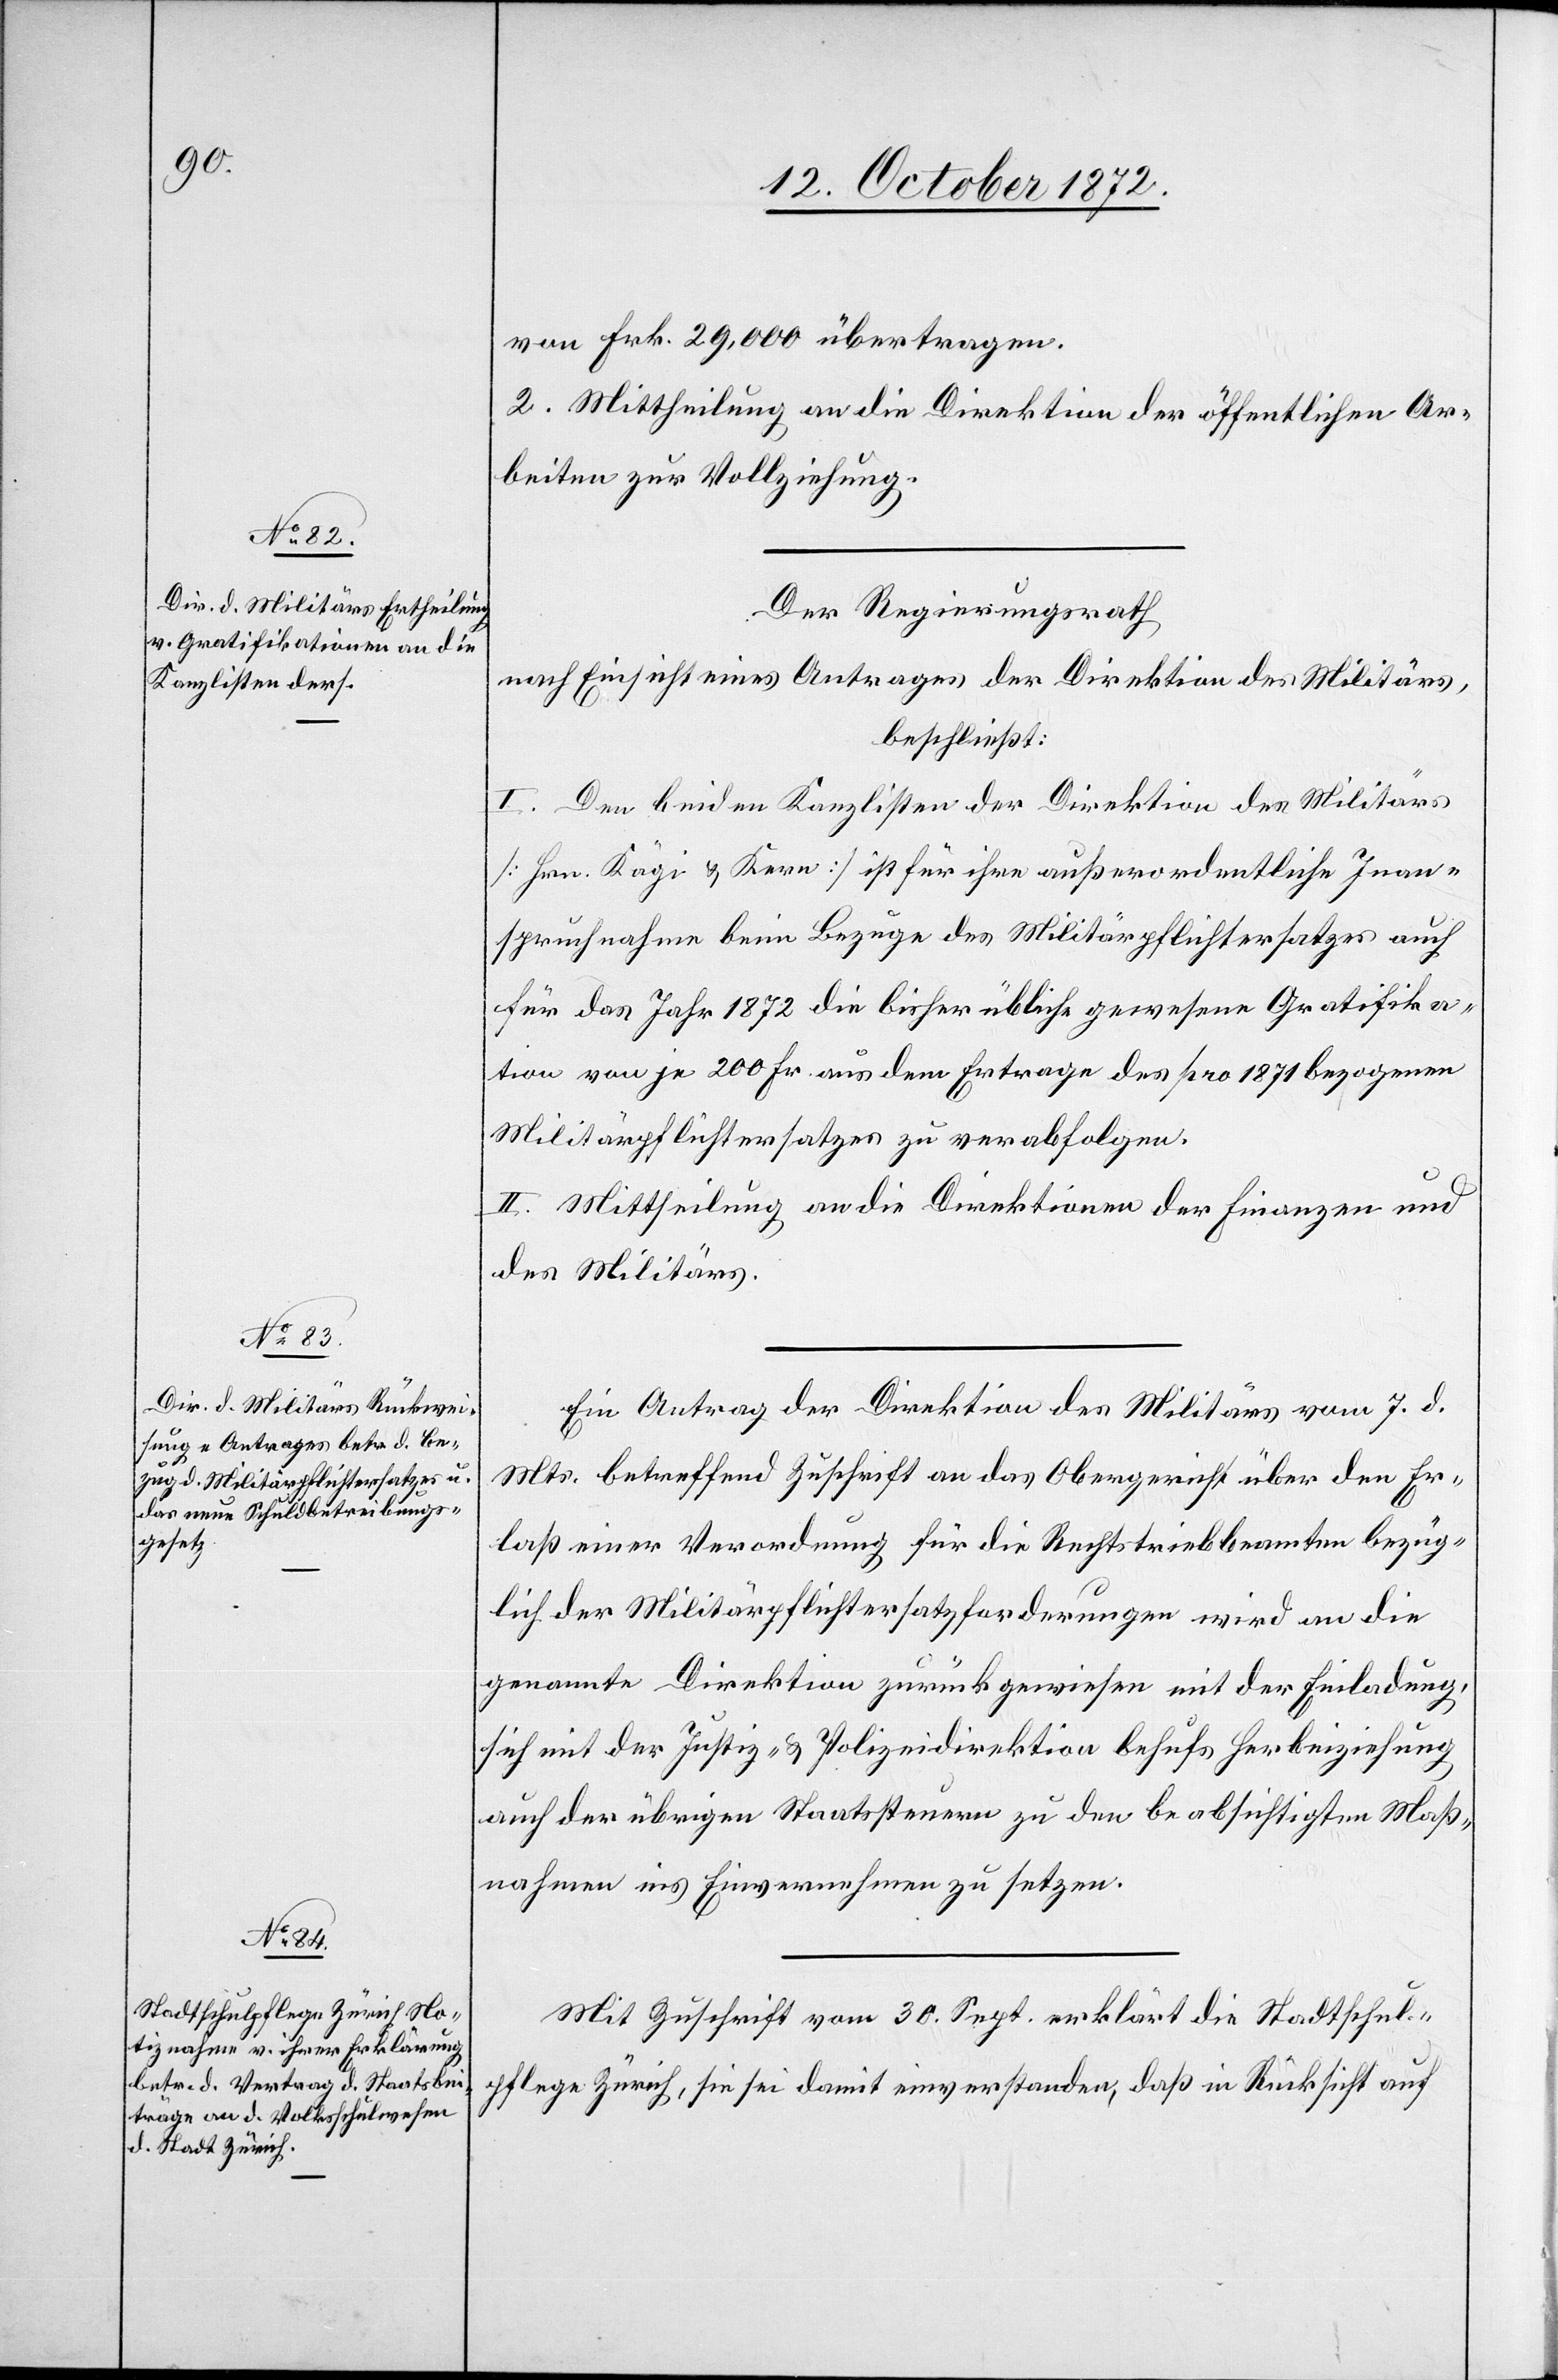
von Frk. 29,000 übertragen.
2. Mittheilung an die Direktion der öffentlichen Ar¬
beiten zur Vollziehung.
Der Regierungsrath
nach Einsicht eines Antrages der Direktion des Militärs,
beschließt:
I. Den beiden Kanzlisten der Direktion des Militärs
[Hrn. Kägi u. Kern] ist für ihre außerordentliche Inan¬
spruchnahme beim Bezuge des Militärpflichtersatzes auch
für das Jahr 1872 die bisher übliche gewesene Gratifika¬
tion von je 200 Fr. aus dem Ertrage des pro 1871 bezogenen
Militärpflichtersatzes zu verabfolgen.
II. Mittheilung an die Direktionen der Finanzen und
des Militärs.
Ein Antrag der Direktion des Militärs vom 7. d.
Mts. betreffend Zuschrift an das Obergericht über den Er¬
laß einer Verordnung für die Rechtstriebsbeamten bezüg¬
lich der Militärpflichtersatzforderungen wird an die
genannte Direktion zurückgewiesen mit der Einladung,
sich mit der Justiz- u. Polizeidirektion behufs Herbeiziehung
auch der übrigen Staatssteuern zu den beabsichtigten Maß¬
nahmen ins Einvernehmen zu setzen.
Mit Zuschrift vom 30. Sept. erklärt die Stadtschul¬
pflege Zürich, sie sei damit einverstanden, daß in Rücksicht auf